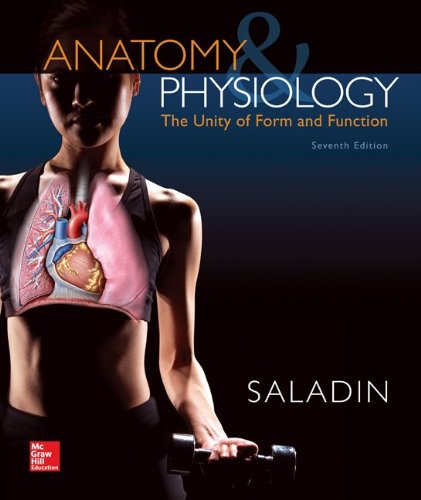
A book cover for Anatomy & Physiology: The Unity of Form and Function; Kenneth Saladin; Medical Books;